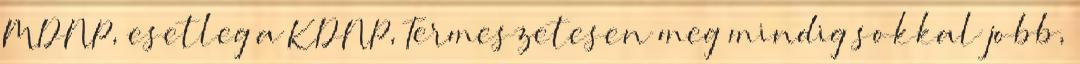
MDNP, esetleg a KDNP, Termeszetesen meg mindig sokkal jobb,